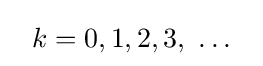
~~k=0,1,2,3,\ \ldots ~~